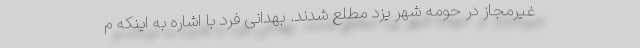
غیرمجاز در حومه شهر یزد مطلع شدند. بهدانی فرد با اشاره به اینکه م